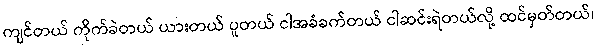
ကျင်တယ် ကိုက်ခဲတယ် ယားတယ် ပူတယ် ငါအခံခက်တယ် ငါဆင်းရဲတယ်လို့ ထင်မှတ်တယ်၊